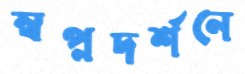
স্বপ্নদর্শনে